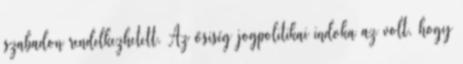
szabadon rendelkezhetett. Az ősiség jogpolitikai indoka az volt, hogy